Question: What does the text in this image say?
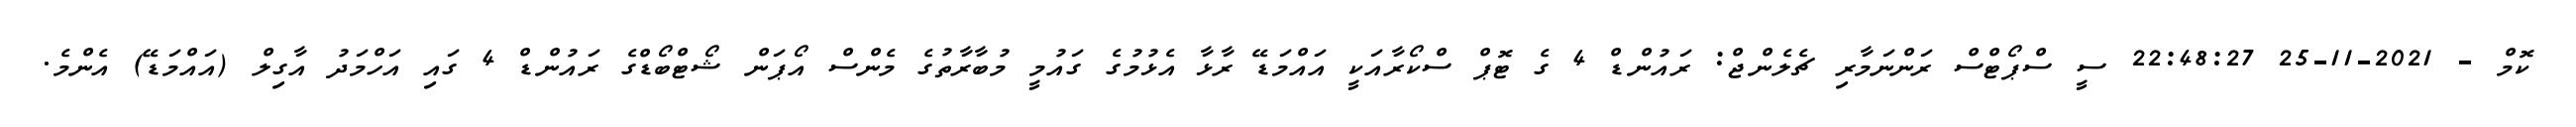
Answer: ކޮމް - 2021-11-25 22:48:27 ސީ ސްޕޯޓްސް ރަންނަމާރި ޗެލެންޖް: ރައުންޑް 4 ގެ ޓޮޕް ސްކޯރާއަކީ އައްމަޑޭ ރާޅާ އެޅުމުގެ ގައުމީ މުބާރާތުގެ މެންސް އޯޕަން ޝޯޓްބޯޑްގެ ރައުންޑް 4 ގައި އަހްމަދު އާގިލް (އައްމަޑޭ) އެންމެ.